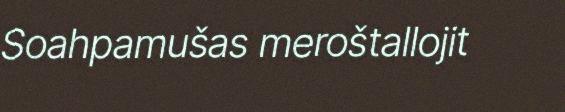
Soahpamušas meroštallojit